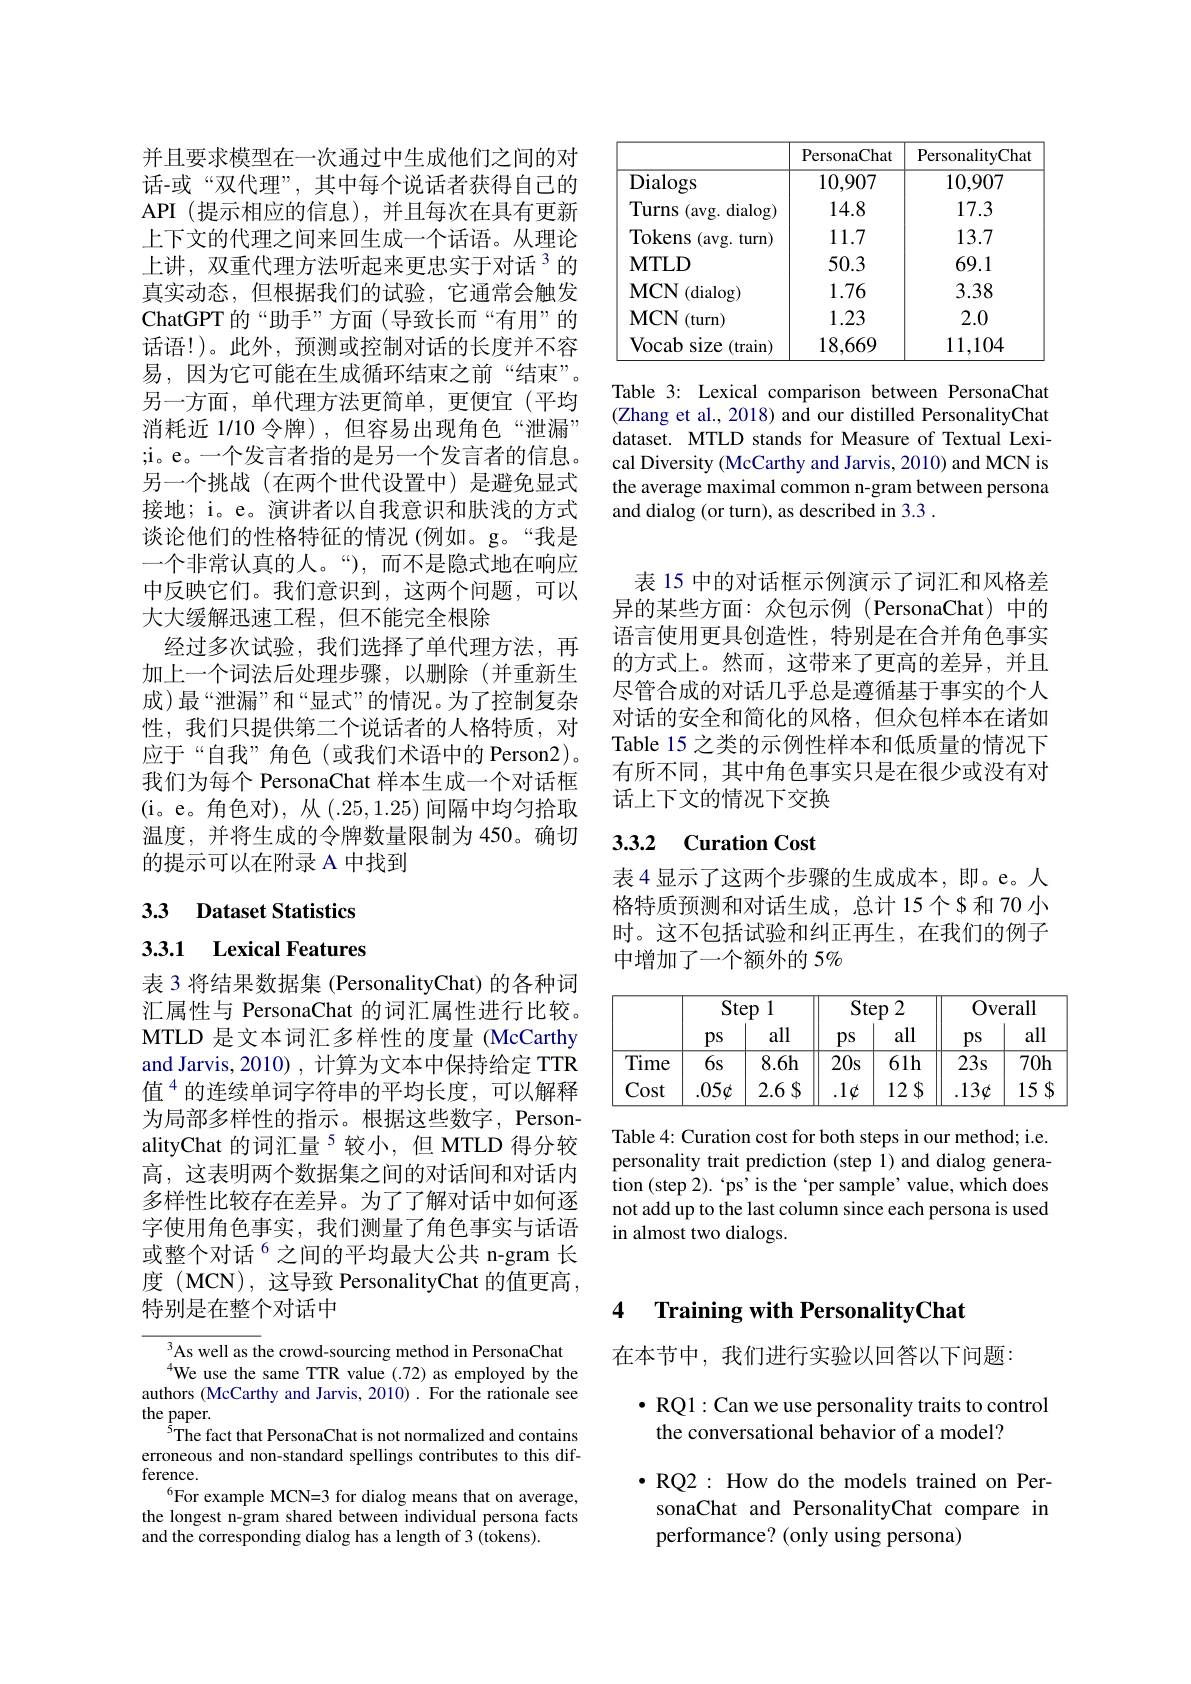
<table>
	<tbody>
		<tr>
			<th> </th>
			<th>PersonaChat</th>
			<th>PersonalityChat</th>
		</tr>
		<tr>
			<td>Dialogs</td>
			<td>10,907</td>
			<td>10,907</td>
		</tr>
		<tr>
			<td>Turns $dialog)$ (avg.</td>
			<td>14.8</td>
			<td>17.3</td>
		</tr>
		<tr>
			<td>Tokens (avg. $turn)$</td>
			<td>11.7</td>
			<td>13.7</td>
		</tr>
		<tr>
			<td>$\mathbf{MTLD}$</td>
			<td>50.3</td>
			<td>69.1</td>
		</tr>
		<tr>
			<td>$\mathbf{MCN}$ (dialog)</td>
			<td>1.76</td>
			<td>3.38</td>
		</tr>
		<tr>
			<td>$\mathbf{MCN}$ (turn)</td>
			<td>1.23</td>
			<td>2.0</td>
		</tr>
		<tr>
			<td>$\mathbf{Vocab}$ size (train)</td>
			<td>18,669</td>
			<td>11,104</td>
		</tr>
	</tbody>
</table>

Table 3: Lexical comparison between PersonaChat (Zhang et al., 2018) and our distilled PersonalityChat dataset. MTLD stands for Measure of Textual Lexical Diversity (McCarthy and Jarvis, 2010) and MCN is the average maximal common n-gram between persona and dialog (or turn), as described in 3.3 .

并且要求模型在一次通过中生成他们之间的对话-或“双代理”,其中每个说话者获得自己的API (提示相应的信息),并且每次在具有更新上下文的代理之间来回生成一个话语。从理论上讲，双重代理方法听起来更忠实于对话$^{3}$的真实动态，但根据我们的试验，它通常会触发ChatGPT的 “ 助 手 ” 方 面 ( 导 致 长 而 “ 有 用 ” 的 话语！)。此外，预测或控制对话的长度并不容易，因为它可能在生成循环结束之前“结束”。另一方面，单代理方法更简单，更便宜(平均消耗近 1/10 令牌),但容易出现角色“泄漏” ;i。e。一个发言者指的是另一个发言者的信息。另一个挑战(在两个世代设置中)是避免显式接地；i。e。演讲者以自我意识和肤浅的方式谈论他们的性格特征的情况(例如。g。“我是一个非常认真的人。“),而不是隐式地在响应中反映它们。我们意识到，这两个问题，可以大大缓解迅速工程，但不能完全根除
经过多次试验，我们选择了单代理方法，再加上一个词法后处理步骤，以删除(并重新生成)最“泄漏”和“显式”的情况。为了控制复杂性，我们只提供第二个说话者的人格特质，对应于“自我”角色(或我们术语中的 Person2)。我们为每个 PersonaChat 样本生成一个对话框(i。e。角色对),从(.25,1.25)间隔中均匀拾取温度，并将生成的令牌数量限制为 450。确切的提示可以在附录 A 中找到

# 33 Dataset Statistics

3.3.1 Lexical Features

表 3 将结果数据集 (PersonalityChat) 的各种词汇属性与 PersonaChat 的词汇属性进行比较。MTLD 是文本词汇多样性的度量 (McCarthy and Jarvis, 2010) , 计算为文本中保持给定 TTR 值$^{4}$的连续单词字符串的平均长度，可以解释为局部多样性的指示。根据这些数字，PersonalityChat 的词汇量$^{5}$较小，但 MTLD 得分较高，这表明两个数据集之间的对话间和对话内多样性比较存在差异。为了了解对话中如何逐字使用角色事实，我们测量了角色事实与话语或整个对话$^{6}$之间的平均最大公共 n-gram 长度 (MCN), 这导致 PersonalityChat 的值更高， 特别是在整个对话中

$^{3}$As well as the crowd-sourcing method in PersonaChat We use the same TTR value (.72) as employed by the
authors (McCarthy and Jarvis, 2010) . For the rationale see
the paper.
$^{5}$The fact that PersonaChat is not normalized and contains erroneous and non-standard spellings contributes to this difference.
$^{6}$For example MCN=3 for dialog means that on average, the longest n-gram shared between individual persona facts and the corresponding dialog has a length of 3 (tokens).

表 15 中的对话框示例演示了词汇和风格差异的某些方面：众包示例 (PersonaChat) 中的语言使用更具创造性，特别是在合并角色事实的方式上。然而，这带来了更高的差异，并且尽管合成的对话几乎总是遵循基于事实的个人对话的安全和简化的风格，但众包样本在诸如Table 15 之类的示例性样本和低质量的情况下有所不同，其中角色事实只是在很少或没有对话上下文的情况下交换

# 3.3.2 Curation Cost

表 4 显示了这两个步骤的生成成本，即。e。人格特质预测和对话生成，总计 15个$和 70 小时。这不包括试验和纠正再生，在我们的例子中增加了一个额外的 5%

<table>
	<tbody>
		<tr>
			<th> </th>
			<th colspan="2">Step 1</th>
			<th colspan="2">Step 2</th>
			<th colspan="2">Overall</th>
		</tr>
		<tr>
			<th> </th>
			<th>$ps$</th>
			<th>all</th>
			<th>$ps$</th>
			<th>all</th>
			<th>$PS$</th>
			<th>all</th>
		</tr>
		<tr>
			<td>Time</td>
			<td>$6s$</td>
			<td>8.6h</td>
			<td>$20s$</td>
			<td>$61h$</td>
			<td>$23s$</td>
			<td>$70h$</td>
		</tr>
		<tr>
			<td>Cost</td>
			<td>$.05\phi$</td>
			<td>2.6 $\$$</td>
			<td>$1\phi$</td>
			<td>12 $\Phi$</td>
			<td>$.13\varphi$</td>
			<td>15 $q$ 1 1</td>
		</tr>
	</tbody>
</table>

Table 4: Curation cost for both steps in our method; i.e. personality trait prediction (step $\hat{1})$ and dialog generation (step 2). ‘ps'is the‘per sample’value, which does not add up to the last column since each persona is used in almost two dialogs.

## 4 Training with PersonalityChat

在本节中，我们进行实验以回答以下问题：

$\bullet$ RQ1:Can we use personality traits to control
the conversational behavior of a model?

$\bullet$RQ2: How do the models trained on Per-
sonaChat and PersonalityChat compare in
performance? (only using persona)